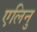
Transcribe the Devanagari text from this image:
एलिनु